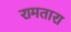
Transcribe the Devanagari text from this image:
रामतारा